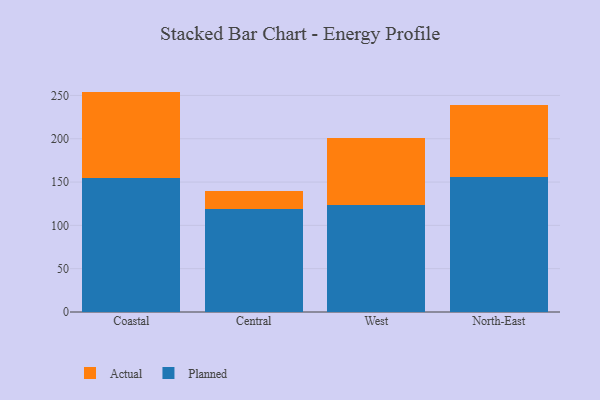
{"axis": {"x": "Region", "y": "Production Output"}, "legend": ["Actual", "Planned"], "data": [{"x": "Coastal", "y": 155.2, "type": "Planned"}, {"x": "Coastal", "y": 99.2, "type": "Actual"}, {"x": "Central", "y": 118.6, "type": "Planned"}, {"x": "Central", "y": 20.9, "type": "Actual"}, {"x": "West", "y": 123.6, "type": "Planned"}, {"x": "West", "y": 77.5, "type": "Actual"}, {"x": "North-East", "y": 155.5, "type": "Planned"}, {"x": "North-East", "y": 83.7, "type": "Actual"}]}